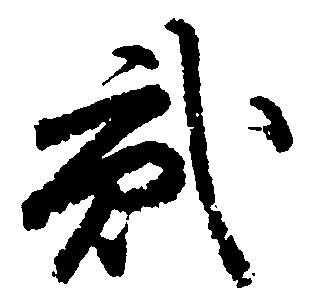
弐